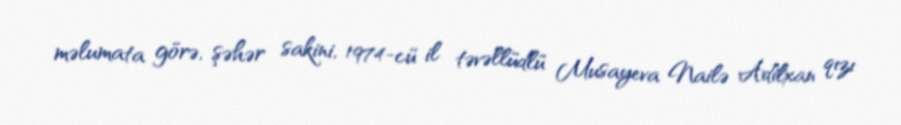
məlumata görə, şəhər sakini, 1974-cü il təvəllüdlü Musayeva Nailə Adilxan qızı